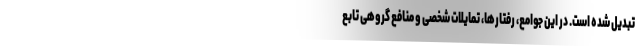
تبدیل شده است. در این جوامع، رفتارها، تمایلات شخصی و منافع گروهی تابع